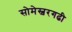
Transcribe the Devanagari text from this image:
सोमेस्वरगढी